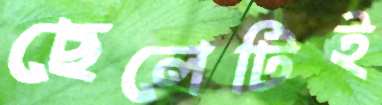
ছেলেটিই